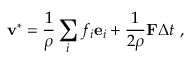
\mathbf { v } ^ { * } = \frac { 1 } { \rho } \sum _ { i } f _ { i } \mathbf { e } _ { i } + \frac { 1 } { 2 \rho } \mathbf { F } \Delta t \ ,